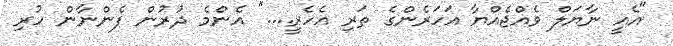
"އެއީ ނާޔަލް ވެއްޖެއްޔާ އަހަރެންގެ ތަރި އެހެރީ...." އެންމެ ދުރުން ފެންނާން ހުރި